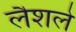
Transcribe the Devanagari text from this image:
लैशले